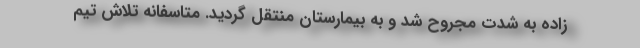
زاده به شدت مجروح شد و به بیمارستان منتقل گردید. متاسفانه تلاش تیم